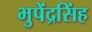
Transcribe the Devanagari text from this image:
भुपेंद्रसिंह